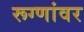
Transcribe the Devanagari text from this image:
रूग्णांवर